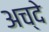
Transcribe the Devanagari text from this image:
अच्दे